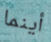
أينما